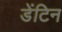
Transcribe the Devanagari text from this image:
डेंटिन